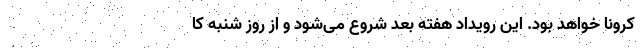
کرونا خواهد بود. این رویداد هفته بعد شروع می‌شود و از روز شنبه کا